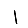
Digit: 1